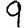
Digit: 9